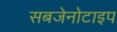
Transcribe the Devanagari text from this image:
सबजेनोटाइप